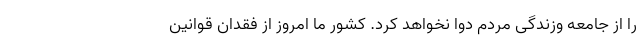
را از جامعه وزندگی مردم دوا نخواهد کرد. کشور ما امروز از فقدان قوانین